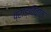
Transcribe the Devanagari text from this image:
प्राङ्विवाक